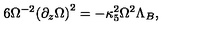
6 { \Omega ^ { - 2 } } { { ( { \partial _ { z } } \Omega ) } ^ { 2 } } = - { \kappa _ { 5 } ^ { 2 } } { \Omega ^ { 2 } } { \Lambda _ { B } } ,